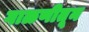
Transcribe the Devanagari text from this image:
गाळणीतून